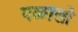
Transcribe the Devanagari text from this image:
पळालो